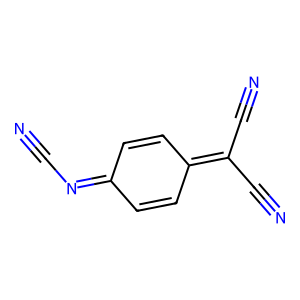
SMILES: N#CN=C1C=CC(=C(C#N)C#N)C=C1
Inhibits HIV replication: No